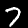
Label: 7